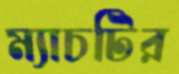
ম্যাচটির